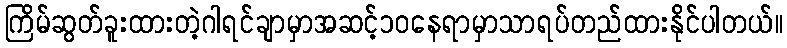
ကြိမ်ဆွတ်ခူးထားတဲ့ဂါရင်ချာမှာအဆင့်၁၀နေရာမှာသာရပ်တည်ထားနိုင်ပါတယ်။